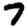
Digit: 7